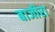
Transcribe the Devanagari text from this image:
बाजीरा